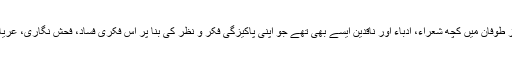
شعر و ادب کی اس ہمہ گیر آلودگی اور تہذیب و اقدار سے عاری اس اخلاق سوز طوفان میں کچھ شعراء، ادباء اور ناقدین ایسے بھی تھے جو اپنی پاکیزگی فکر و نظر کی بنا پر اس فکری فساد، فحش نگاری، عریاں نویسی اور اباحیت پسندی کے سامنے ’’بنیان مرصوص‘‘ بن کر کھڑے تھے۔